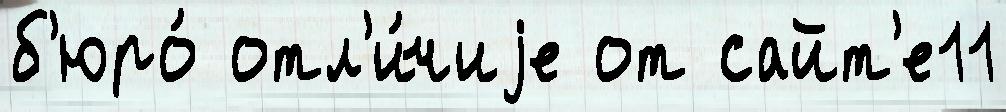
б'юро́ отл'и́чиjе от сайт'е11